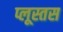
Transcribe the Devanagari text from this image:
प्लूस्तस